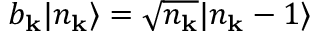
b _ { \mathbf { k } } | n _ { \mathbf { k } } \rangle = { \sqrt { n _ { \mathbf { k } } } } | n _ { \mathbf { k } } - 1 \rangle